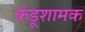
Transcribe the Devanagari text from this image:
कंडूशामक